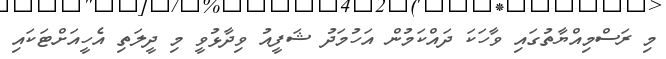
މި ރަސްމިއްޔާތުގައި ވާހަކަ ދައްކަމުން އަހުމަދު ޝަފީއު ވިދާޅުވީ މި ދީލަތި އެހީއަށްޓަކައި